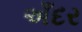
અઁદર